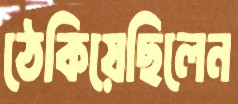
ঠেকিয়েছিলেন